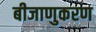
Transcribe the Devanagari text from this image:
बीजाणुकरण